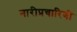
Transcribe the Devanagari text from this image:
नारीप्रचारिणी